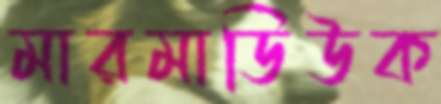
মারমাডিউক